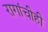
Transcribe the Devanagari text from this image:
रागांचीही